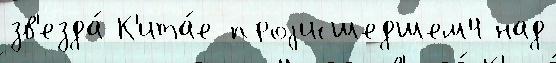
зв'езда́ К'ита́е проjисшедшем4 над